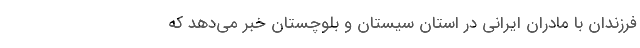
فرزندان با مادران ايراني در استان سيستان و بلوچستان خبر مي‌دهد كه